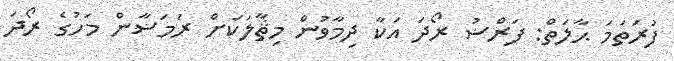
ފުރަތަމަ ޙާލަތް: ފަރްޟު ރޯދަ އަކާ ދިމާވުން މިޘާލަކަށް ރަމަޟާން މަހުގެ ރޯދަ